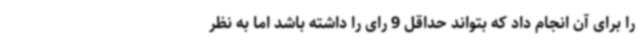
را برای آن انجام داد که بتواند حداقل 9 رای را داشته باشد اما به نظر